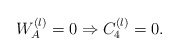
\begin{align*}W_{A}^{(l)}=0 \Rightarrow C_{4}^{(l)}=0.\end{align*}